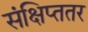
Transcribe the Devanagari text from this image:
संक्षिप्ततर